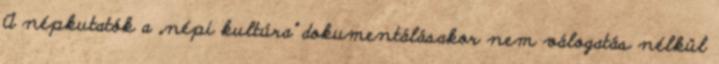
A népkutatók a „népi kultúra” dokumentálásakor nem válogatás nélkül